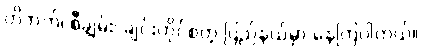
တိဘက်၊ စီချွမ်း၊ ချင်းဟိုင်စတဲ့ ပြည်နယ်မှာ နေကြပါတယ်။